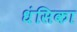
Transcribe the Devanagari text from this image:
धंसिका